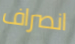
انصراف